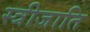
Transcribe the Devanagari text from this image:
स्त्रीजाति